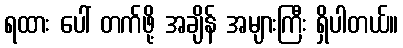
ရထား ပေါ် တက်ဖို့ အချိန် အများကြီး ရှိပါတယ်။